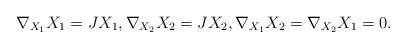
LaTeX: \begin{align*}\nabla_{X_1}X_1=JX_1,\nabla_{X_2}X_2=JX_2,\nabla_{X_1}X_2=\nabla_{X_2}X_1=0.\end{align*}